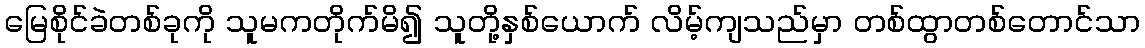
မြေစိုင်ခဲတစ်ခုကို သူမကတိုက်မိ၍ သူတို့နှစ်ယောက် လိမ့်ကျသည်မှာ တစ်ထွာတစ်တောင်သာ